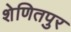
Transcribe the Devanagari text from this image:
शेणितपुर